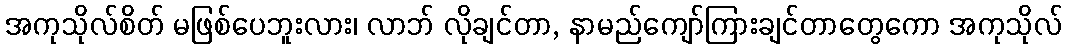
အကုသိုလ်စိတ် မဖြစ်ပေဘူးလား၊ လာဘ် လိုချင်တာ, နာမည်ကျော်ကြားချင်တာတွေကော အကုသိုလ်